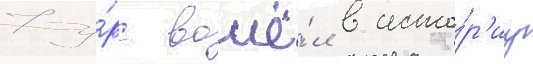
Фу́рс вошё́л в исто́р'иу